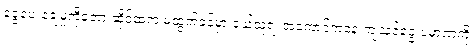
ငွေပေးချေမှုကိုတော့ ဆိုင်ထဲက မထွက်ခင်မှာ ဝယ်သူရဲ့ အကောင့်ကနေ ကျသင့်ငွေ ပမာဏကို